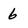
Character: 6